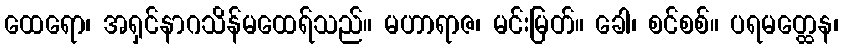
ထေရော၊ အရှင်နာဂသိန်မထေရ်သည်။ မဟာရာဇ၊ မင်းမြတ်။ ခေါ၊ စင်စစ်။ ပရမတ္ထေန၊